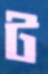
ট